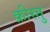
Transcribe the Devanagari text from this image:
क्रीस्तु